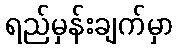
ရည်မှန်းချက်မှာ